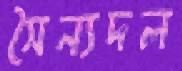
সৈন্যদল